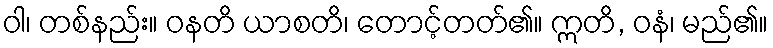
ဝါ၊ တစ်နည်း။ ဝနတိ ယာစတိ၊ တောင့်တတ်၏။ ဣတိ, ဝနံ၊ မည်၏။